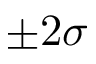
\pm 2 \sigma